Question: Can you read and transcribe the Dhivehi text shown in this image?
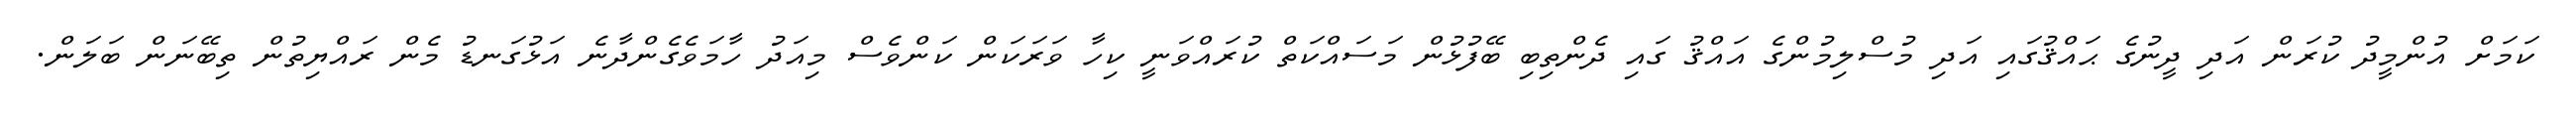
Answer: ކަމަށް އުންމީދު ކުރަން އަދި ދީނުގެ ޙައްޤުގައި އަދި މުސްލިމުންގެ އައްޤު ގައި ދެންތިބި ބޭފުޅުން މަސައްކަތް ކުރައްވަނީ ކިހާ ވަރަކަން ކަންވެސް މިއަދު ހާމަވެގެންދާނެ އަޅުގަނޑު މެން ރައްޔިތުން ތިބޭނަން ބަލަން.